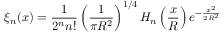
\xi _ { n } ( x ) = \frac { 1 } { 2 ^ { n } n ! } \left( \frac { 1 } { \pi R ^ { 2 } } \right) ^ { 1 / 4 } H _ { n } \left( \frac { x } { R } \right) e ^ { - \frac { x ^ { 2 } } { 2 R ^ { 2 } } }